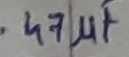
Text: 0.47µF